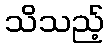
သိသည့်